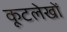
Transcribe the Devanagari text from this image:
कूटलेखों